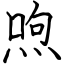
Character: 喣